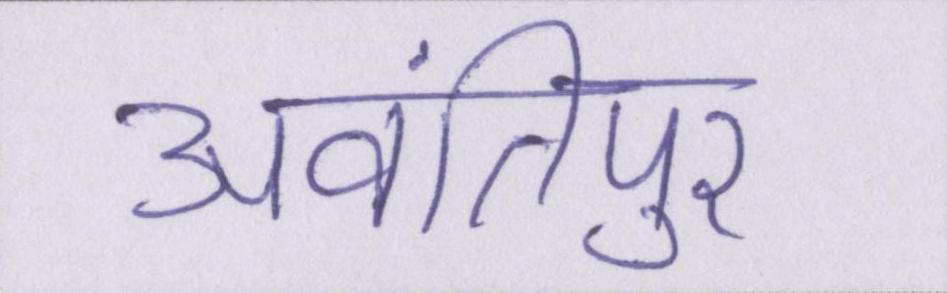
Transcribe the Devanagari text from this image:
अवंतिपुर